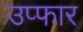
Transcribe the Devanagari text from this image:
उप्फार